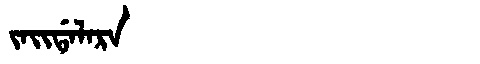
Manchu: ᠵᠠᡳᡩᠠᠯᠠᡵᠠ
Romanization: JAIDALARA